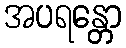
အပရန္တော